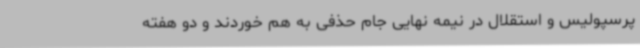
پرسپولیس و استقلال در نیمه‌ نهایی جام‌ حذفی به هم خوردند و دو هفته